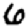
Digit: 6